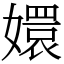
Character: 嬛